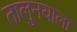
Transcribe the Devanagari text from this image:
तालु्नयाला